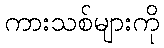
ကားသစ်များကို